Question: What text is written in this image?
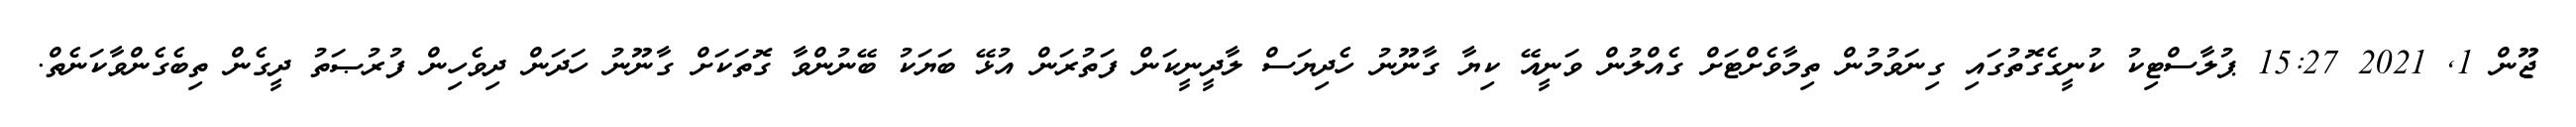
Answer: ޖޫން 1, 2021 15:27 ޕުލާސްޓިކު ކުނީގެގޮތުގައި ގިނަވުމުން ތިމާވެށްޓަށް ގެއްލުން ވަނީއޭ ކިޔާ ގާނޫނު ހެދިޔަސް ލާދީނީކަން ފަތުރަން އުޅޭ ބަޔަކު ބޭނުންވާ ގޮތަކަށް ގާނޫނު ހަދަން ދިވެހިން ފުރުޞަތު ދީގެން ތިބެގެންވާކަނެތް.